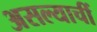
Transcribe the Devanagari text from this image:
असल्याचीं